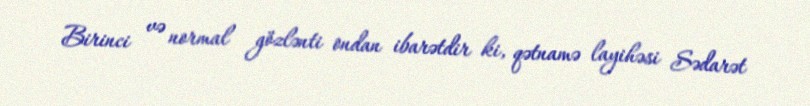
Birinci və normal gözlənti ondan ibarətdir ki, qətnamə layihəsi Sədarət